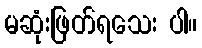
မဆုံးဖြတ်ရသေး ပါ။